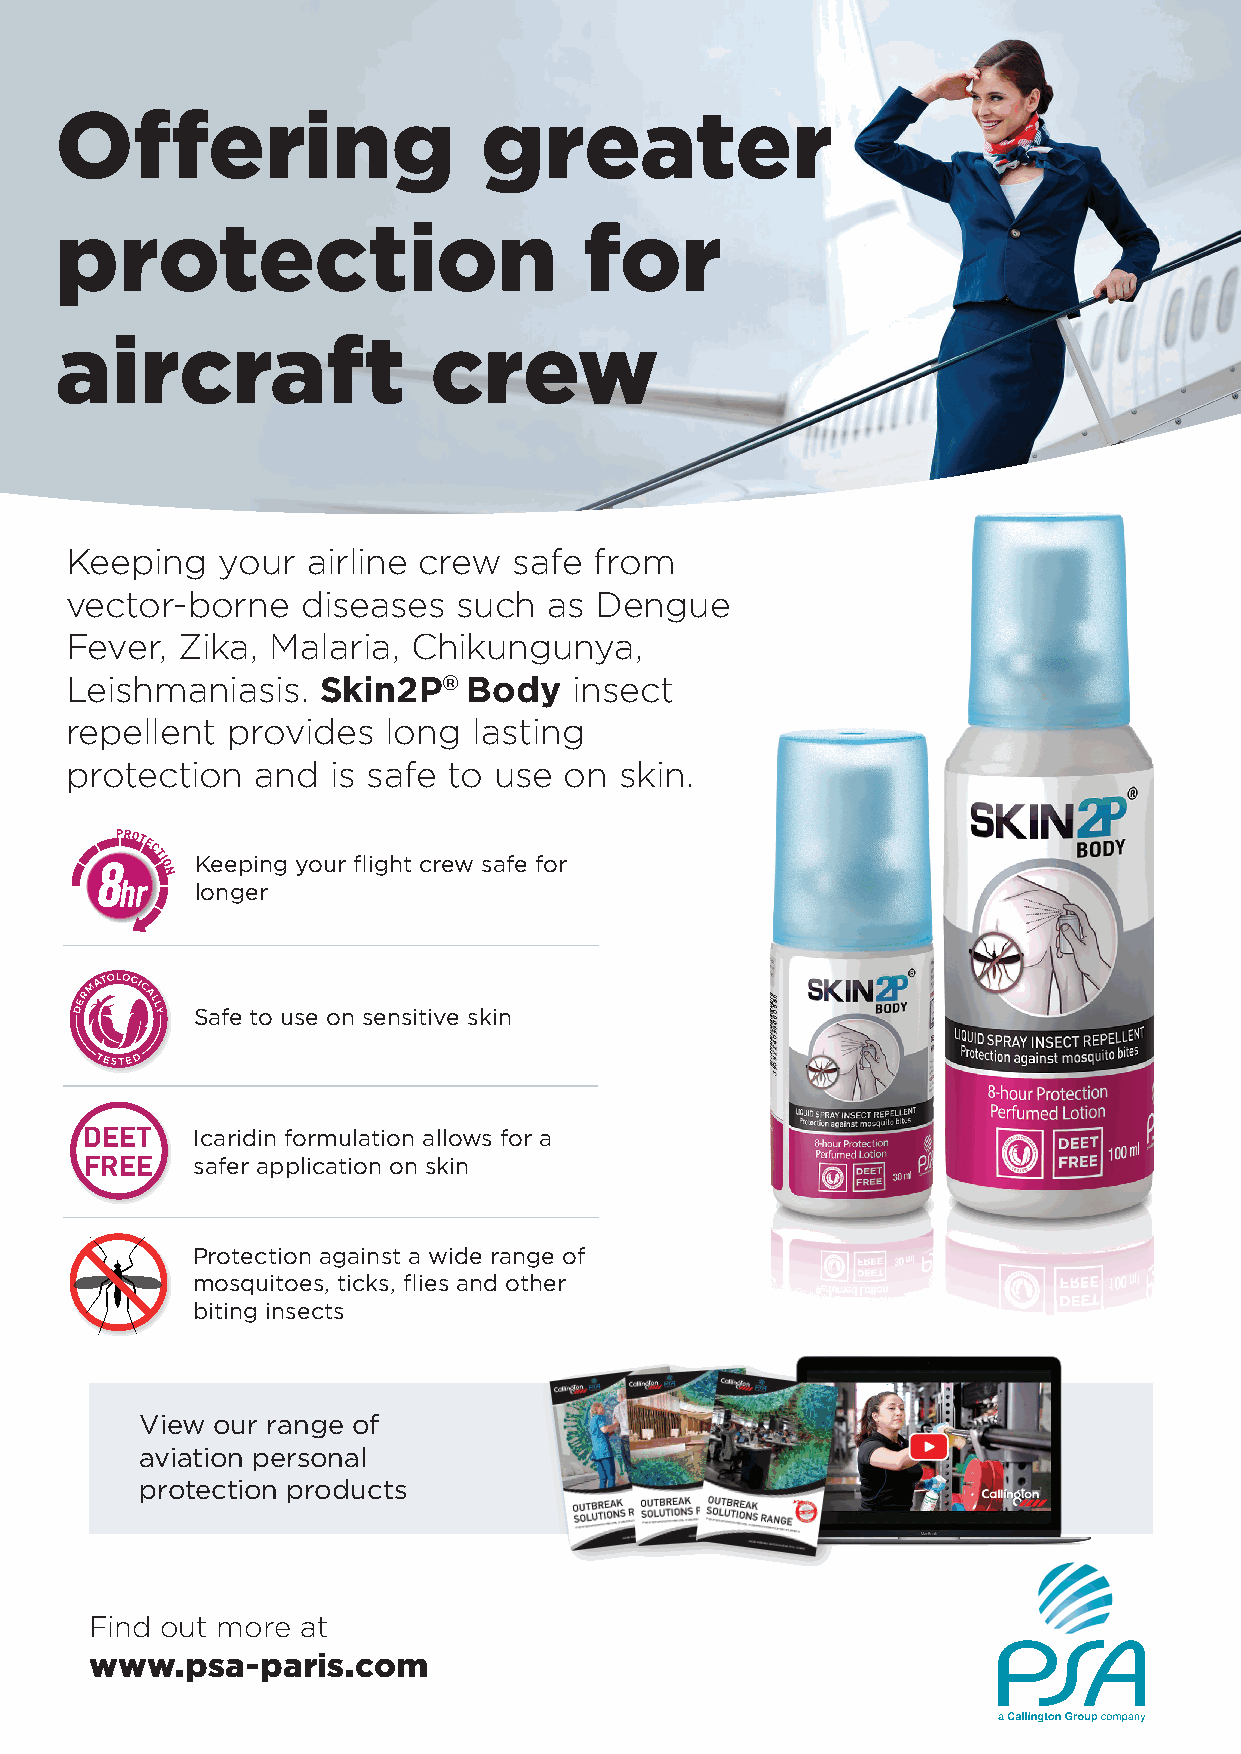
Offering                    greater
 protection                         for
 aircraft                crew
 Keeping   your  airline crew  safe from
 vector-borne    diseases  such  as Dengue
 Fever,  Zika, Malaria, Chikungunya,
 Leishmaniasis.   Skin2P®   Body   insect
 repellent  provides   long lasting
 protection   and  is safe to use on  skin.
 Keeping your flight crew safe for
 longer
 Safe to use on sensitive skin
 DEET    Icaridin formulation allows for a
 FREE   safer application on skin
 Protection against a wide range of
 mosquitoes, ticks, flies and other
 biting insects
 View our range of
 aviation personal
 protection products
 Find out more at
 www.psa-paris.com